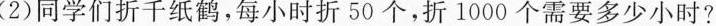
(2)同学们折千纸鹤，每小时折50个，折1000个需要多少小时?